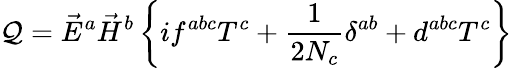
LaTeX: {\cal Q}=\vec{E}^{a}\vec{H}^{b}\left\{ if^{abc}T^{c}+\frac{1}{2N_{c}}\delta^{ab}+d^{abc}T^{c}\right\}